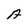
Character: A